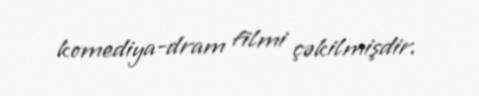
komediya-dram filmi çəkilmişdir.